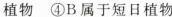
植物 ④B属于短日植物